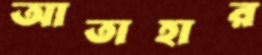
আতাহার